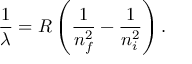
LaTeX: { \frac { 1 } { \lambda } } = R \left( { \frac { 1 } { n _ { f } ^ { 2 } } } - { \frac { 1 } { n _ { i } ^ { 2 } } } \right) .